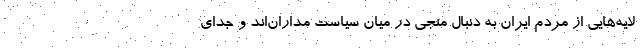
لایه‌هایی از مردم ایران به دنبال منجی در میان سیاست مداران‌اند و جدای